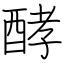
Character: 酵